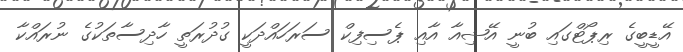
އޭޑީބީގެ ރިޕޯޓްގައި ބުނީ އޭޝިއާ އާއި ޕެސިފިކް ސަރަހައްދަކީ ގުދުރަތީ ހާދިސާތަކުގެ ނުރައްކާ